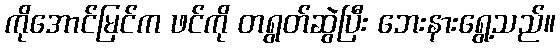
ကိုအောင်မြင်က ဖင်ကို တရွတ်ဆွဲပြီး ဘေးနားရွေ့သည်။